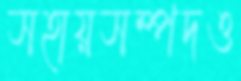
সহায়সম্পদও